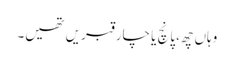
وہاں چھ،پانچ یا چار قبریں تھیں۔